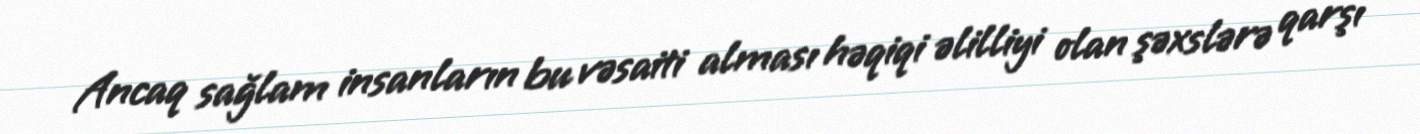
Ancaq sağlam insanların bu vəsaiti alması həqiqi əlilliyi olan şəxslərə qarşı